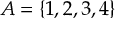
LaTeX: A = \{ 1 , 2 , 3 , 4 \}